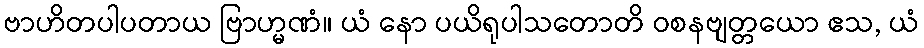
ဗာဟိတပါပတာယ ဗြာဟ္မဏံ။ ယံ နော ပယိရုပါသတောတိ ဝစနဗျတ္တယော ဧသ, ယံ